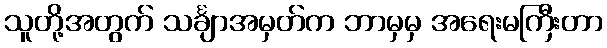
သူတို့အတွက် သင်္ချာအမှတ်က ဘာမှမှ အရေးမကြီးတာ